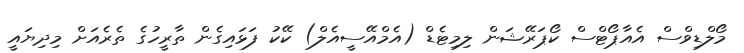
މޯލްޑިވްސް އެއާޕޯޓްސް ކޯޕަރޭޝަން ލިމިޓެޑް (އެމްއޭސީއެލް) ކޭކު ފަޅައިގެން ތާރީހުގެ ތެރެއަށް މިދިޔައީ